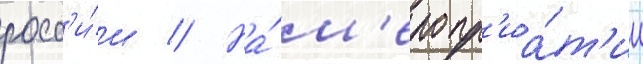
росс'и́и // На́ м'еропр'иа́т'ии